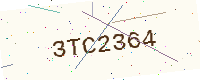
Text: 3TC2364